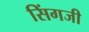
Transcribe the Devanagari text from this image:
सिंगजी